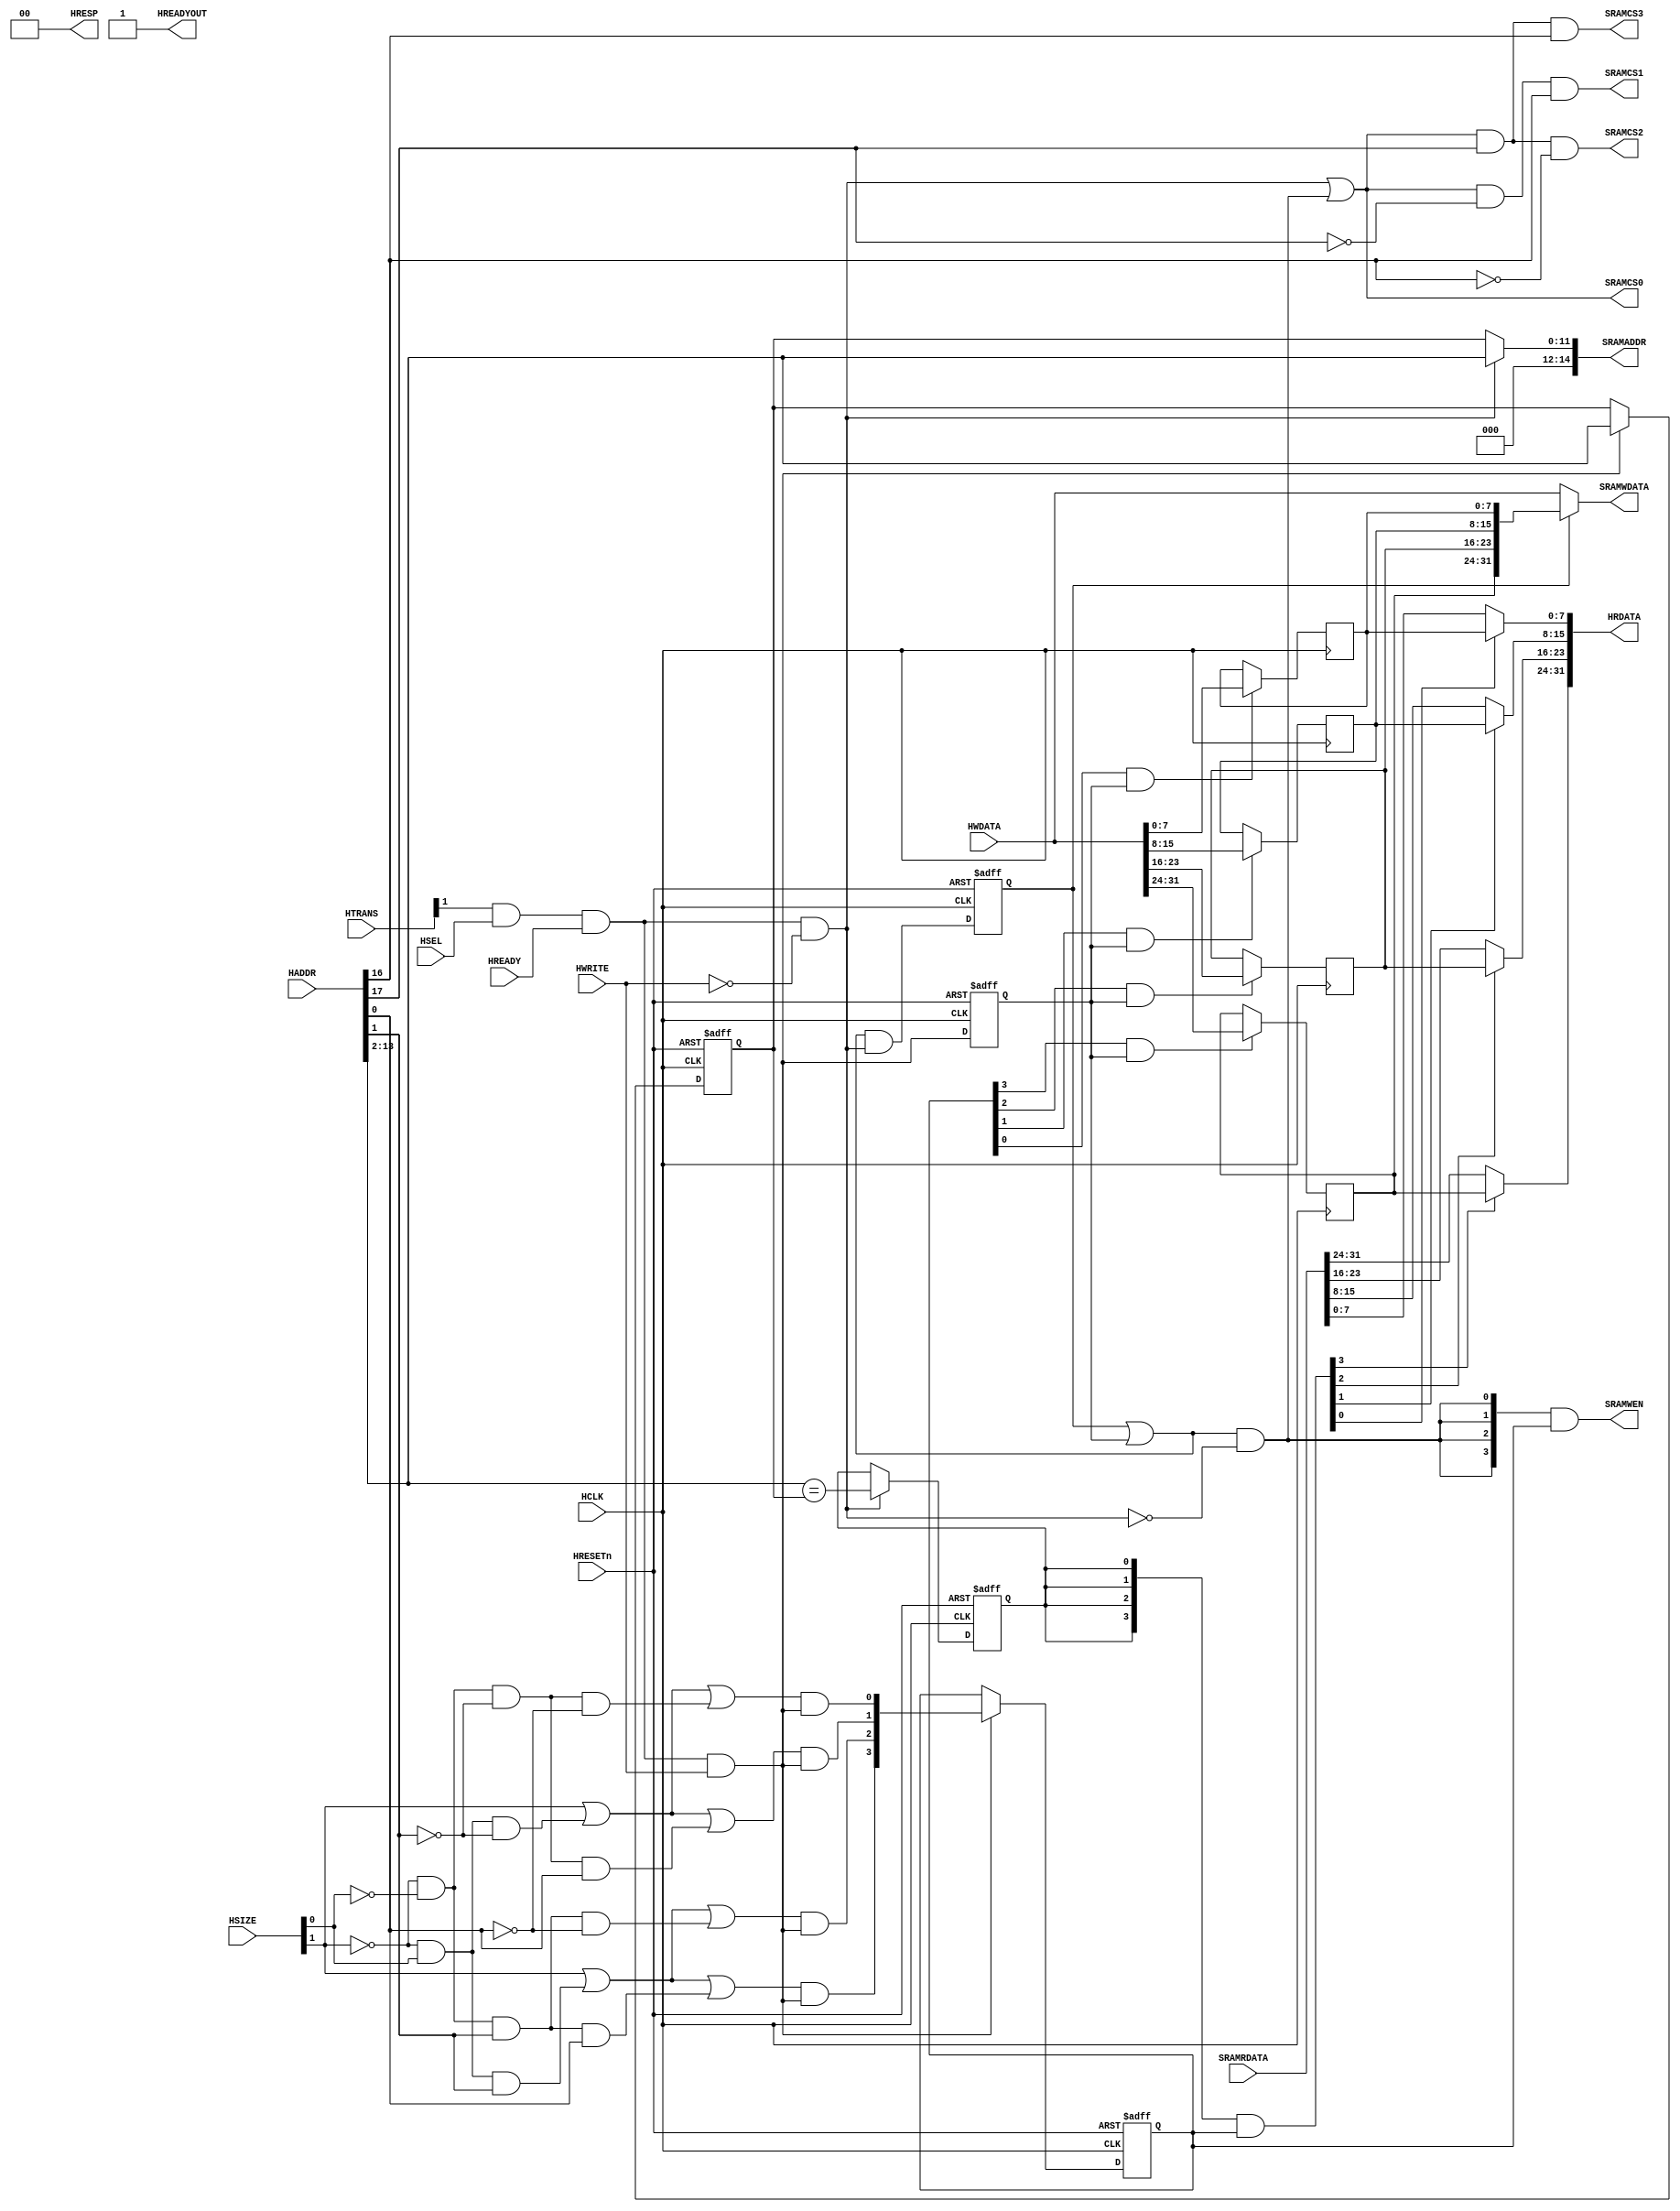
module AHBSRAM #(
// --------------------------------------------------------------------------
// Parameter Declarations
// --------------------------------------------------------------------------
  parameter AW       = 14) // Address width
 (
// --------------------------------------------------------------------------
// Port Definitions
// --------------------------------------------------------------------------
  input  wire          HCLK,      // system bus clock
  input  wire          HRESETn,   // system bus reset
  input  wire          HSEL,      // AHB peripheral select
  input  wire          HREADY,    // AHB ready input
  input  wire    [1:0] HTRANS,    // AHB transfer type
  input  wire    [2:0] HSIZE,     // AHB hsize
  input  wire          HWRITE,    // AHB hwrite
  input  wire [31:0] HADDR,     // AHB address bus
  input  wire   [31:0] HWDATA,    // AHB write data bus
  output wire          HREADYOUT, // AHB ready output to S->M mux
  output wire   [1:0]       HRESP,     // AHB response
  output wire   [31:0] HRDATA,    // AHB read data bus

  input  wire   [31:0] SRAMRDATA, // SRAM Read Data
  output wire    [3:0] SRAMWEN,   // SRAM write enable (active high)
  output wire   [31:0] SRAMWDATA, // SRAM write data
  output wire          SRAMCS0,
  output wire          SRAMCS1,
  output wire          SRAMCS2,
  output wire          SRAMCS3,
  output wire [AW:0]   SRAMADDR  // SRAM address
);   // SRAM Chip Select  (active high)

   // ----------------------------------------------------------
   // Internal state
   // ----------------------------------------------------------
   reg  [(AW-3 - 0):0]           buf_addr;        // Write address buffer
   reg  [ 3:0]               buf_we;          // Write enable buffer (data phase)
   reg                       buf_hit;         // High when AHB read address
                                              // matches buffered address
   reg  [31:0]               buf_data;        // AHB write bus buffered
   reg                       buf_pend;        // Buffer write data valid
   reg                       buf_data_en;     // Data buffer write enable (data phase)

   // ----------------------------------------------------------
   // Read/write control logic
   // ----------------------------------------------------------

   wire        ahb_access   = HTRANS[1] & HSEL & HREADY;
   wire        ahb_write    = ahb_access &  HWRITE;
   wire        ahb_read     = ahb_access & (~HWRITE);


   // Stored write data in pending state if new transfer is read
   //   buf_data_en indicate new write (data phase)
   //   ahb_read    indicate new read  (address phase)
   //   buf_pend    is registered version of buf_pend_nxt
   wire        buf_pend_nxt = (buf_pend | buf_data_en) & ahb_read;

   // RAM write happens when
   // - write pending (buf_pend), or
   // - new AHB write seen (buf_data_en) at data phase,
   // - and not reading (address phase)
   wire        ram_write    = (buf_pend | buf_data_en)  & (~ahb_read); // ahb_write

   // RAM WE is the buffered WE
   assign      SRAMWEN  = {4{ram_write}} & buf_we[3:0];

   // RAM address is the buffered address for RAM write otherwise HADDR
   assign      SRAMADDR = ahb_read ? HADDR[AW-1:2] : buf_addr;

   // RAM chip select during read or write
   wire SRAMCS_src; 
   assign      SRAMCS_src   = ahb_read | ram_write;
   assign SRAMCS0 = SRAMCS_src; // & (~HADDR[AW + 3]) & (~HADDR[AW + 2]);
   assign SRAMCS1 = SRAMCS_src & (~HADDR[AW + 3]) & (HADDR[AW + 2]);
   assign SRAMCS2 = SRAMCS_src & (HADDR[AW + 3]) & (~HADDR[AW + 2]);
   assign SRAMCS3 = SRAMCS_src & (HADDR[AW + 3]) & (HADDR[AW + 2]);
   // ----------------------------------------------------------
   // Byte lane decoder and next state logic
   // ----------------------------------------------------------

   wire       tx_byte    = (~HSIZE[1]) & (~HSIZE[0]);
   wire       tx_half    = (~HSIZE[1]) &  HSIZE[0];
   wire       tx_word    =   HSIZE[1];

   wire       byte_at_00 = tx_byte & (~HADDR[1]) & (~HADDR[0]);
   wire       byte_at_01 = tx_byte & (~HADDR[1]) &   HADDR[0];
   wire       byte_at_10 = tx_byte &   HADDR[1]  & (~HADDR[0]);
   wire       byte_at_11 = tx_byte &   HADDR[1]  &   HADDR[0];

   wire       half_at_00 = tx_half & (~HADDR[1]);
   wire       half_at_10 = tx_half &   HADDR[1];

   wire       word_at_00 = tx_word;

   wire       byte_sel_0 = word_at_00 | half_at_00 | byte_at_00;
   wire       byte_sel_1 = word_at_00 | half_at_00 | byte_at_01;
   wire       byte_sel_2 = word_at_00 | half_at_10 | byte_at_10;
   wire       byte_sel_3 = word_at_00 | half_at_10 | byte_at_11;

   // Address phase byte lane strobe
   wire [3:0] buf_we_nxt = { byte_sel_3 & ahb_write,
                             byte_sel_2 & ahb_write,
                             byte_sel_1 & ahb_write,
                             byte_sel_0 & ahb_write };

   // ----------------------------------------------------------
   // Write buffer
   // ----------------------------------------------------------

   // buf_data_en is data phase write control
   always @(posedge HCLK or negedge HRESETn)
     if (~HRESETn)
       buf_data_en <= 1'b0;
     else
       buf_data_en <= ahb_write;

   always @(posedge HCLK)
     if(buf_we[3] & buf_data_en)
       buf_data[31:24] <= HWDATA[31:24];

   always @(posedge HCLK)
     if(buf_we[2] & buf_data_en)
       buf_data[23:16] <= HWDATA[23:16];

   always @(posedge HCLK)
     if(buf_we[1] & buf_data_en)
       buf_data[15: 8] <= HWDATA[15: 8];

   always @(posedge HCLK)
     if(buf_we[0] & buf_data_en)
       buf_data[ 7: 0] <= HWDATA[ 7: 0];

   // buf_we keep the valid status of each byte (data phase)
   always @(posedge HCLK or negedge HRESETn)
     if (~HRESETn)
       buf_we <= 4'b0000;
     else if(ahb_write)
       buf_we <= buf_we_nxt;

   always @(posedge HCLK or negedge HRESETn)
     begin
     if (~HRESETn)
       buf_addr <= {(AW-2){1'b0}};
     else if (ahb_write)
         buf_addr <= HADDR[(AW-1):2];
     end
   // ----------------------------------------------------------
   // Buf_hit detection logic
   // ----------------------------------------------------------

   wire  buf_hit_nxt = (HADDR[AW-1:2] == buf_addr[AW-3 - 0:0]);

   // ----------------------------------------------------------
   // Read data merge : This is for the case when there is a AHB
   // write followed by AHB read to the same address. In this case
   // the data is merged from the buffer as the RAM write to that
   // address hasn't happened yet
   // ----------------------------------------------------------

   wire [ 3:0] merge1  = {4{buf_hit}} & buf_we; // data phase, buf_we indicates data is valid

   assign HRDATA =
              { merge1[3] ? buf_data[31:24] : SRAMRDATA[31:24],
                merge1[2] ? buf_data[23:16] : SRAMRDATA[23:16],
                merge1[1] ? buf_data[15: 8] : SRAMRDATA[15: 8],
                merge1[0] ? buf_data[ 7: 0] : SRAMRDATA[ 7: 0] };

   // ----------------------------------------------------------
   // Synchronous state update
   // ----------------------------------------------------------

   always @(posedge HCLK or negedge HRESETn)
     if (~HRESETn)
       buf_hit <= 1'b0;
     else if(ahb_read)
       buf_hit <= buf_hit_nxt;

   always @(posedge HCLK or negedge HRESETn)
     if (~HRESETn)
       buf_pend <= 1'b0;
     else
       buf_pend <= buf_pend_nxt;

   // if there is an AHB write and valid data in the buffer, RAM write data
   // comes from the buffer. otherwise comes from the HWDATA
   assign SRAMWDATA = (buf_pend) ? buf_data : HWDATA[31:0];

   // ----------------------------------------------------------
   // Assign outputs
   // ----------------------------------------------------------
   assign HREADYOUT = 1'b1;
   assign HRESP     = 2'b0;


endmodule